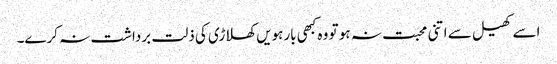
اسے کھیل سے اتنی محبت نہ ہو تو وہ کبھی بارہویں کھلاڑی کی ذلت برداشت نہ کرے۔